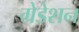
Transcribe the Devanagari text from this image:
ग्रेडेशन